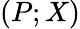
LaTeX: (P;X)